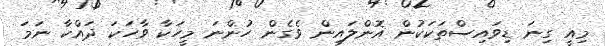
މިއީ ގިނަ ޑިވައިސްތަކަކުން އޮންލައިން ވެގެން ހުންނަ މީހަކާ ވާހަކަ ދައްކާ ނަމަ